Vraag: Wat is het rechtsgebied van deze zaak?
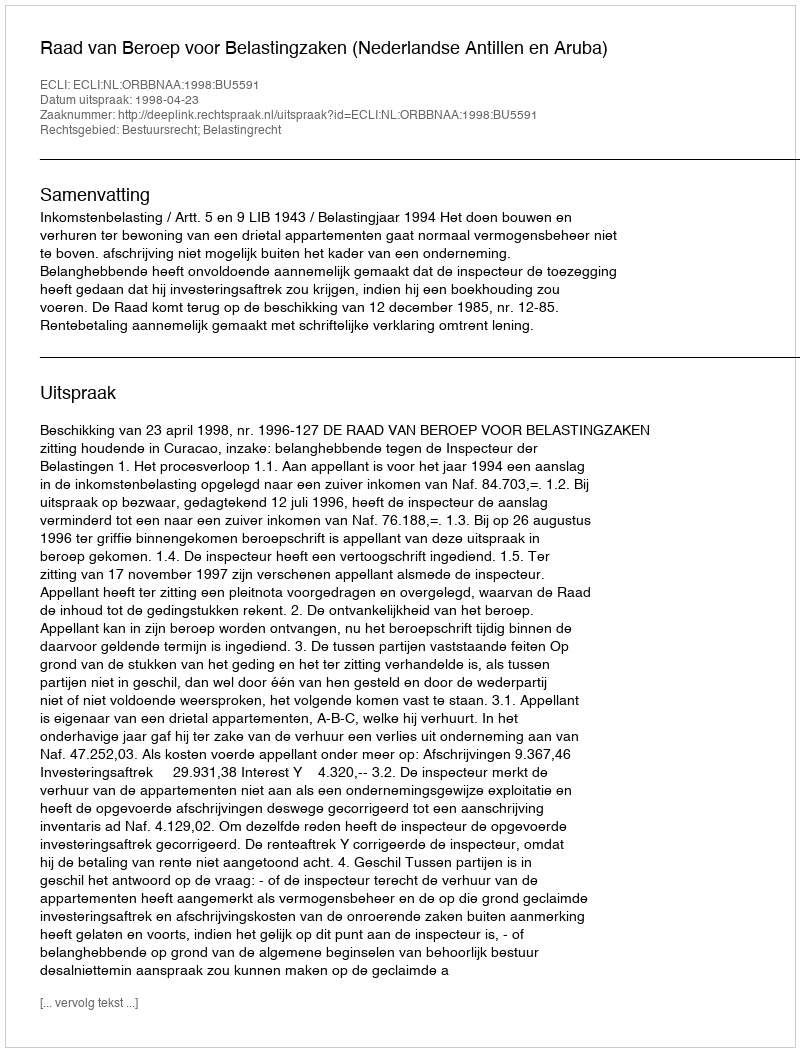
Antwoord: Bestuursrecht; Belastingrecht